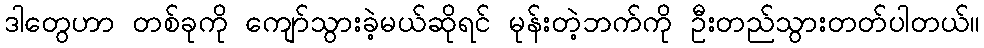
ဒါတွေဟာ တစ်ခုကို ကျော်သွားခဲ့မယ်ဆိုရင် မုန်းတဲ့ဘက်ကို ဦးတည်သွားတတ်ပါတယ်။